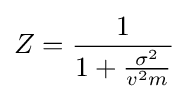
Z={\frac {1}{1+{\frac {\sigma ^{2}}{v^{2}m}}}}